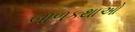
બાળકથાઓ